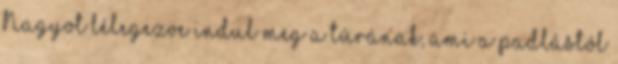
Nagyot lélegezve indul meg a túrának, ami a padlástól